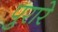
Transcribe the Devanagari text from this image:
पुरारे